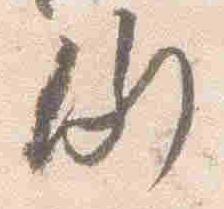
例